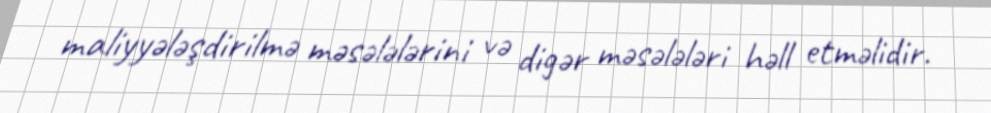
maliyyələşdirilmə məsələlərini və digər məsələləri həll etməlidir.